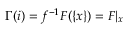
\Gamma ( i ) = f ^ { - 1 } F ( \{ x \} ) = F | _ { x }